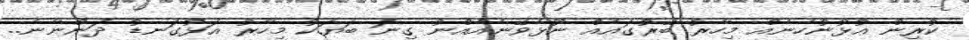
ކުރިން އުޅުނުހެނެއް މިހާރު ބޭރުގައެއް ނޫޅެވޭނެއެއްނު ގިނަ ބަޔަކު މިހާރު އަޅުގަނޑު ދަންނާނެ..